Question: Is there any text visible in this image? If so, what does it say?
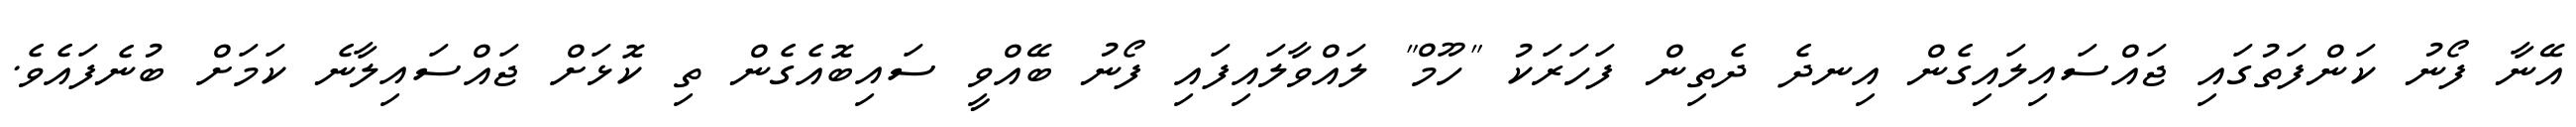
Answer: އޭނާ ފޯނު ކަންފަތުގައި ޖައްސައިލައިގެން އިނދެ ދެތިން ފަހަރަކު "ހޫމް" ލައްވާލައިފައި ފޯނު ބޭއްވީ ސައިބޮއެގެން ތި ކޮޅަށް ޖައްސައިލާނެ ކަމަށް ބުނެފައެވެ.